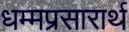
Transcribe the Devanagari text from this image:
धम्मप्रसारार्थ